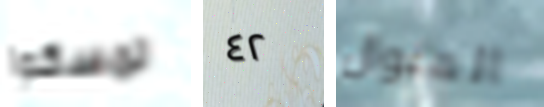
تمسكوا ٤٢ المنوال